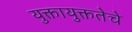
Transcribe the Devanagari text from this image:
युक्तायुक्ततेचे